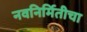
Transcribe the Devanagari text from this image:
नवनिर्मितीचा